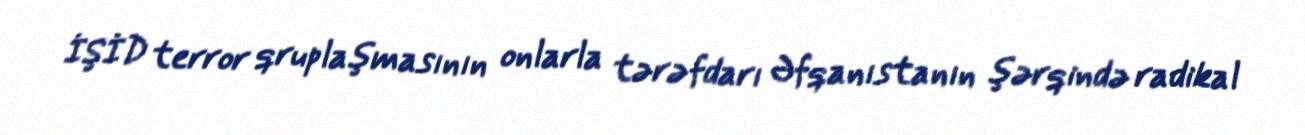
İŞİD terror qruplaşmasının onlarla tərəfdarı Əfqanıstanın şərqində radikal